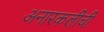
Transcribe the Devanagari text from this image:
अनारकलीची